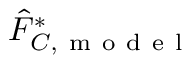
\hat { F } _ { C , \mathrm { ~ m ~ o ~ d ~ e ~ l ~ } } ^ { * }